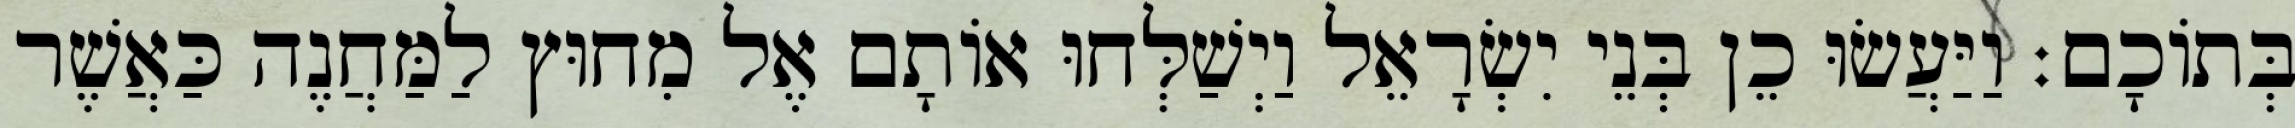
בְּתוֹכָם׃ וַיַּעֲשׂוּ כֵן בְּנֵי יִשְׂרָאֵל וַיְשַׁלְּחוּ אוֹתָם אֶל מִחוּץ לַמַּחֲנֶה כַּאֲשֶׁר